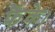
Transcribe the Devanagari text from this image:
फैंके।